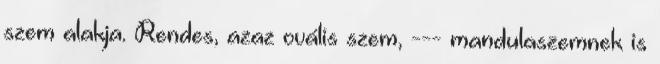
szem alakja. Rendes, azaz ovális szem, --- mandulaszemnek is